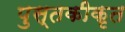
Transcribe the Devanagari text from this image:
पुस्तकीकृत